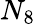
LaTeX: N_{8}